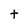
Character: t